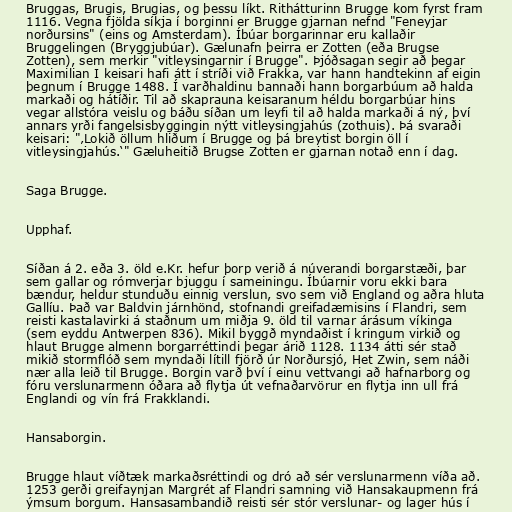
Bruggas, Brugis, Brugias, og þessu líkt. Rithátturinn Brugge kom fyrst fram
1116. Vegna fjölda síkja í borginni er Brugge gjarnan nefnd "Feneyjar
norðursins" (eins og Amsterdam). Íbúar borgarinnar eru kallaðir
Bruggelingen (Bryggjubúar). Gælunafn þeirra er Zotten (eða Brugse
Zotten), sem merkir "vitleysingarnir í Brugge". Þjóðsagan segir að þegar
Maximilian I keisari hafi átt í stríði við Frakka, var hann handtekinn af eigin
þegnum í Brugge 1488. Í varðhaldinu bannaði hann borgarbúum að halda
markaði og hátíðir. Til að skaprauna keisaranum héldu borgarbúar hins
vegar allstóra veislu og báðu síðan um leyfi til að halda markaði á ný, því
annars yrði fangelsisbyggingin nýtt vitleysingjahús (zothuis). Þá svaraði
keisari: "‚Lokið öllum hliðum í Brugge og þá breytist borgin öll í
vitleysingjahús.‘" Gæluheitið Brugse Zotten er gjarnan notað enn í dag.

Saga Brugge.

Upphaf.

Síðan á 2. eða 3. öld e.Kr. hefur þorp verið á núverandi borgarstæði, þar
sem gallar og rómverjar bjuggu í sameiningu. Íbúarnir voru ekki bara
bændur, heldur stunduðu einnig verslun, svo sem við England og aðra hluta
Gallíu. Það var Baldvin járnhönd, stofnandi greifadæmisins í Flandri, sem
reisti kastalavirki á staðnum um miðja 9. öld til varnar árásum víkinga
(sem eyddu Antwerpen 836). Mikil byggð myndaðist í kringum virkið og
hlaut Brugge almenn borgarréttindi þegar árið 1128. 1134 átti sér stað
mikið stormflóð sem myndaði lítill fjörð úr Norðursjó, Het Zwin, sem náði
nær alla leið til Brugge. Borgin varð því í einu vettvangi að hafnarborg og
fóru verslunarmenn óðara að flytja út vefnaðarvörur en flytja inn ull frá
Englandi og vín frá Frakklandi.

Hansaborgin.

Brugge hlaut víðtæk markaðsréttindi og dró að sér verslunarmenn víða að.
1253 gerði greifaynjan Margrét af Flandri samning við Hansakaupmenn frá
ýmsum borgum. Hansasambandið reisti sér stór verslunar- og lager hús í